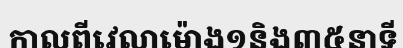
កាលពីវេលាម៉ោង១និង៣៥នាទី